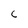
Character: C